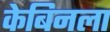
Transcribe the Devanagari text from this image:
केबिनला